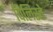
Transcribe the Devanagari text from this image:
पिलिस्ते